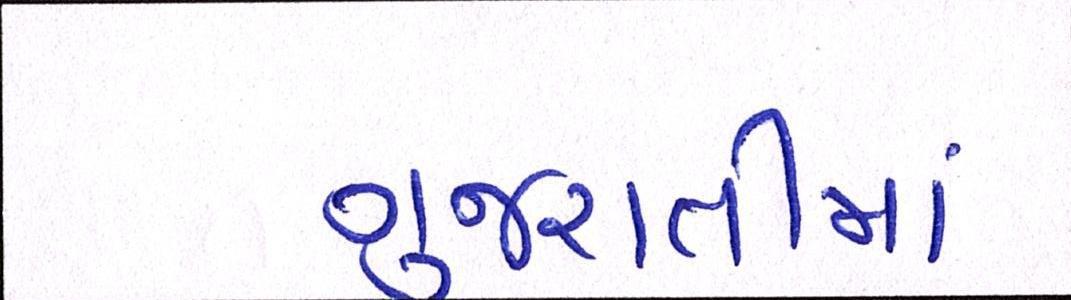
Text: ગુજરાતીમાં